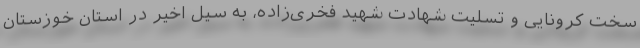
سخت کرونایی و تسلیت شهادت شهید فخری‌زاده، به سیل اخیر در استان خوزستان